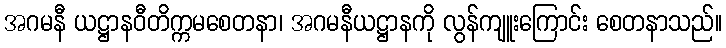
အဂမနီ ယဋ္ဌာနဝီတိက္ကမစေတနာ၊ အဂမနီယဋ္ဌာနကို လွန်ကျူးကြောင်း စေတနာသည်။